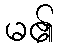
မ၏